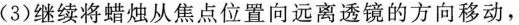
(3)继续将蜡烛从焦点位置向远离透镜的方向移动，